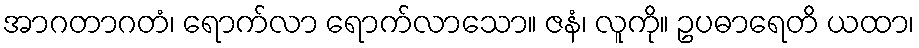
အာဂတာဂတံ၊ ရောက်လာ ရောက်လာသော။ ဇနံ၊ လူကို။ ဥပဓာရေတိ ယထာ၊